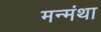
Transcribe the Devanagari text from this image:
मन्मंथा